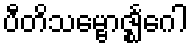
ပီတိသမ္ဗောဇ္ဈင်္ဂေါ